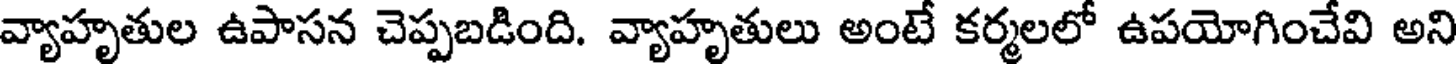
వ్యాహృతుల ఉపాసన చెప్పబడింది. వ్యాహృతులు అంటే కర్మలలో ఉపయోగించేవి అని